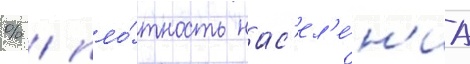
% / пло́тность нас'ел'е́н'иа